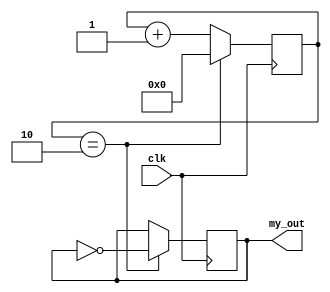
// 1st divided by 3, 2nd divided by 2
// duty cycyle is 50%

module my_freq_div(
    input clk,
    
    output reg my_out = 0
    );
    
    reg [7:0]counter = 0;
    
    always @(posedge clk) begin
        if(counter==2)
            counter = 0;
        else
            counter = counter + 1;
    end
    
    always @(posedge clk) 
        if(counter==2)
            my_out = ~my_out;
        
endmodule